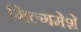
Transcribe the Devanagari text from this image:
गिल्गमेशे